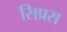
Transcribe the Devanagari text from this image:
सिप्रस